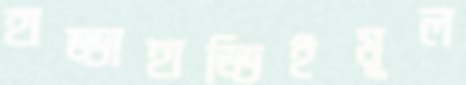
হাড্ডাহাড্ডিইমূল